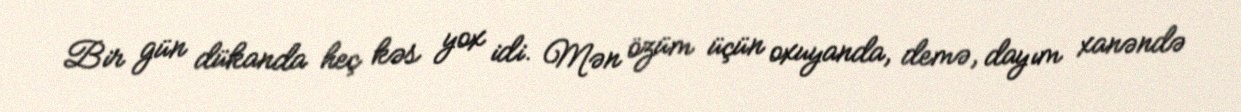
Bir gün dükanda heç kəs yox idi. Mən özüm üçün oxuyanda, demə, dayım xanəndə